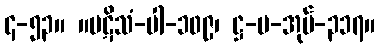
၄-၅၃။ ။ပဋိသံ-ပါ-၁၀၉၊ ဋ္ဌ-ပ-အုပ်-၃၁၇။